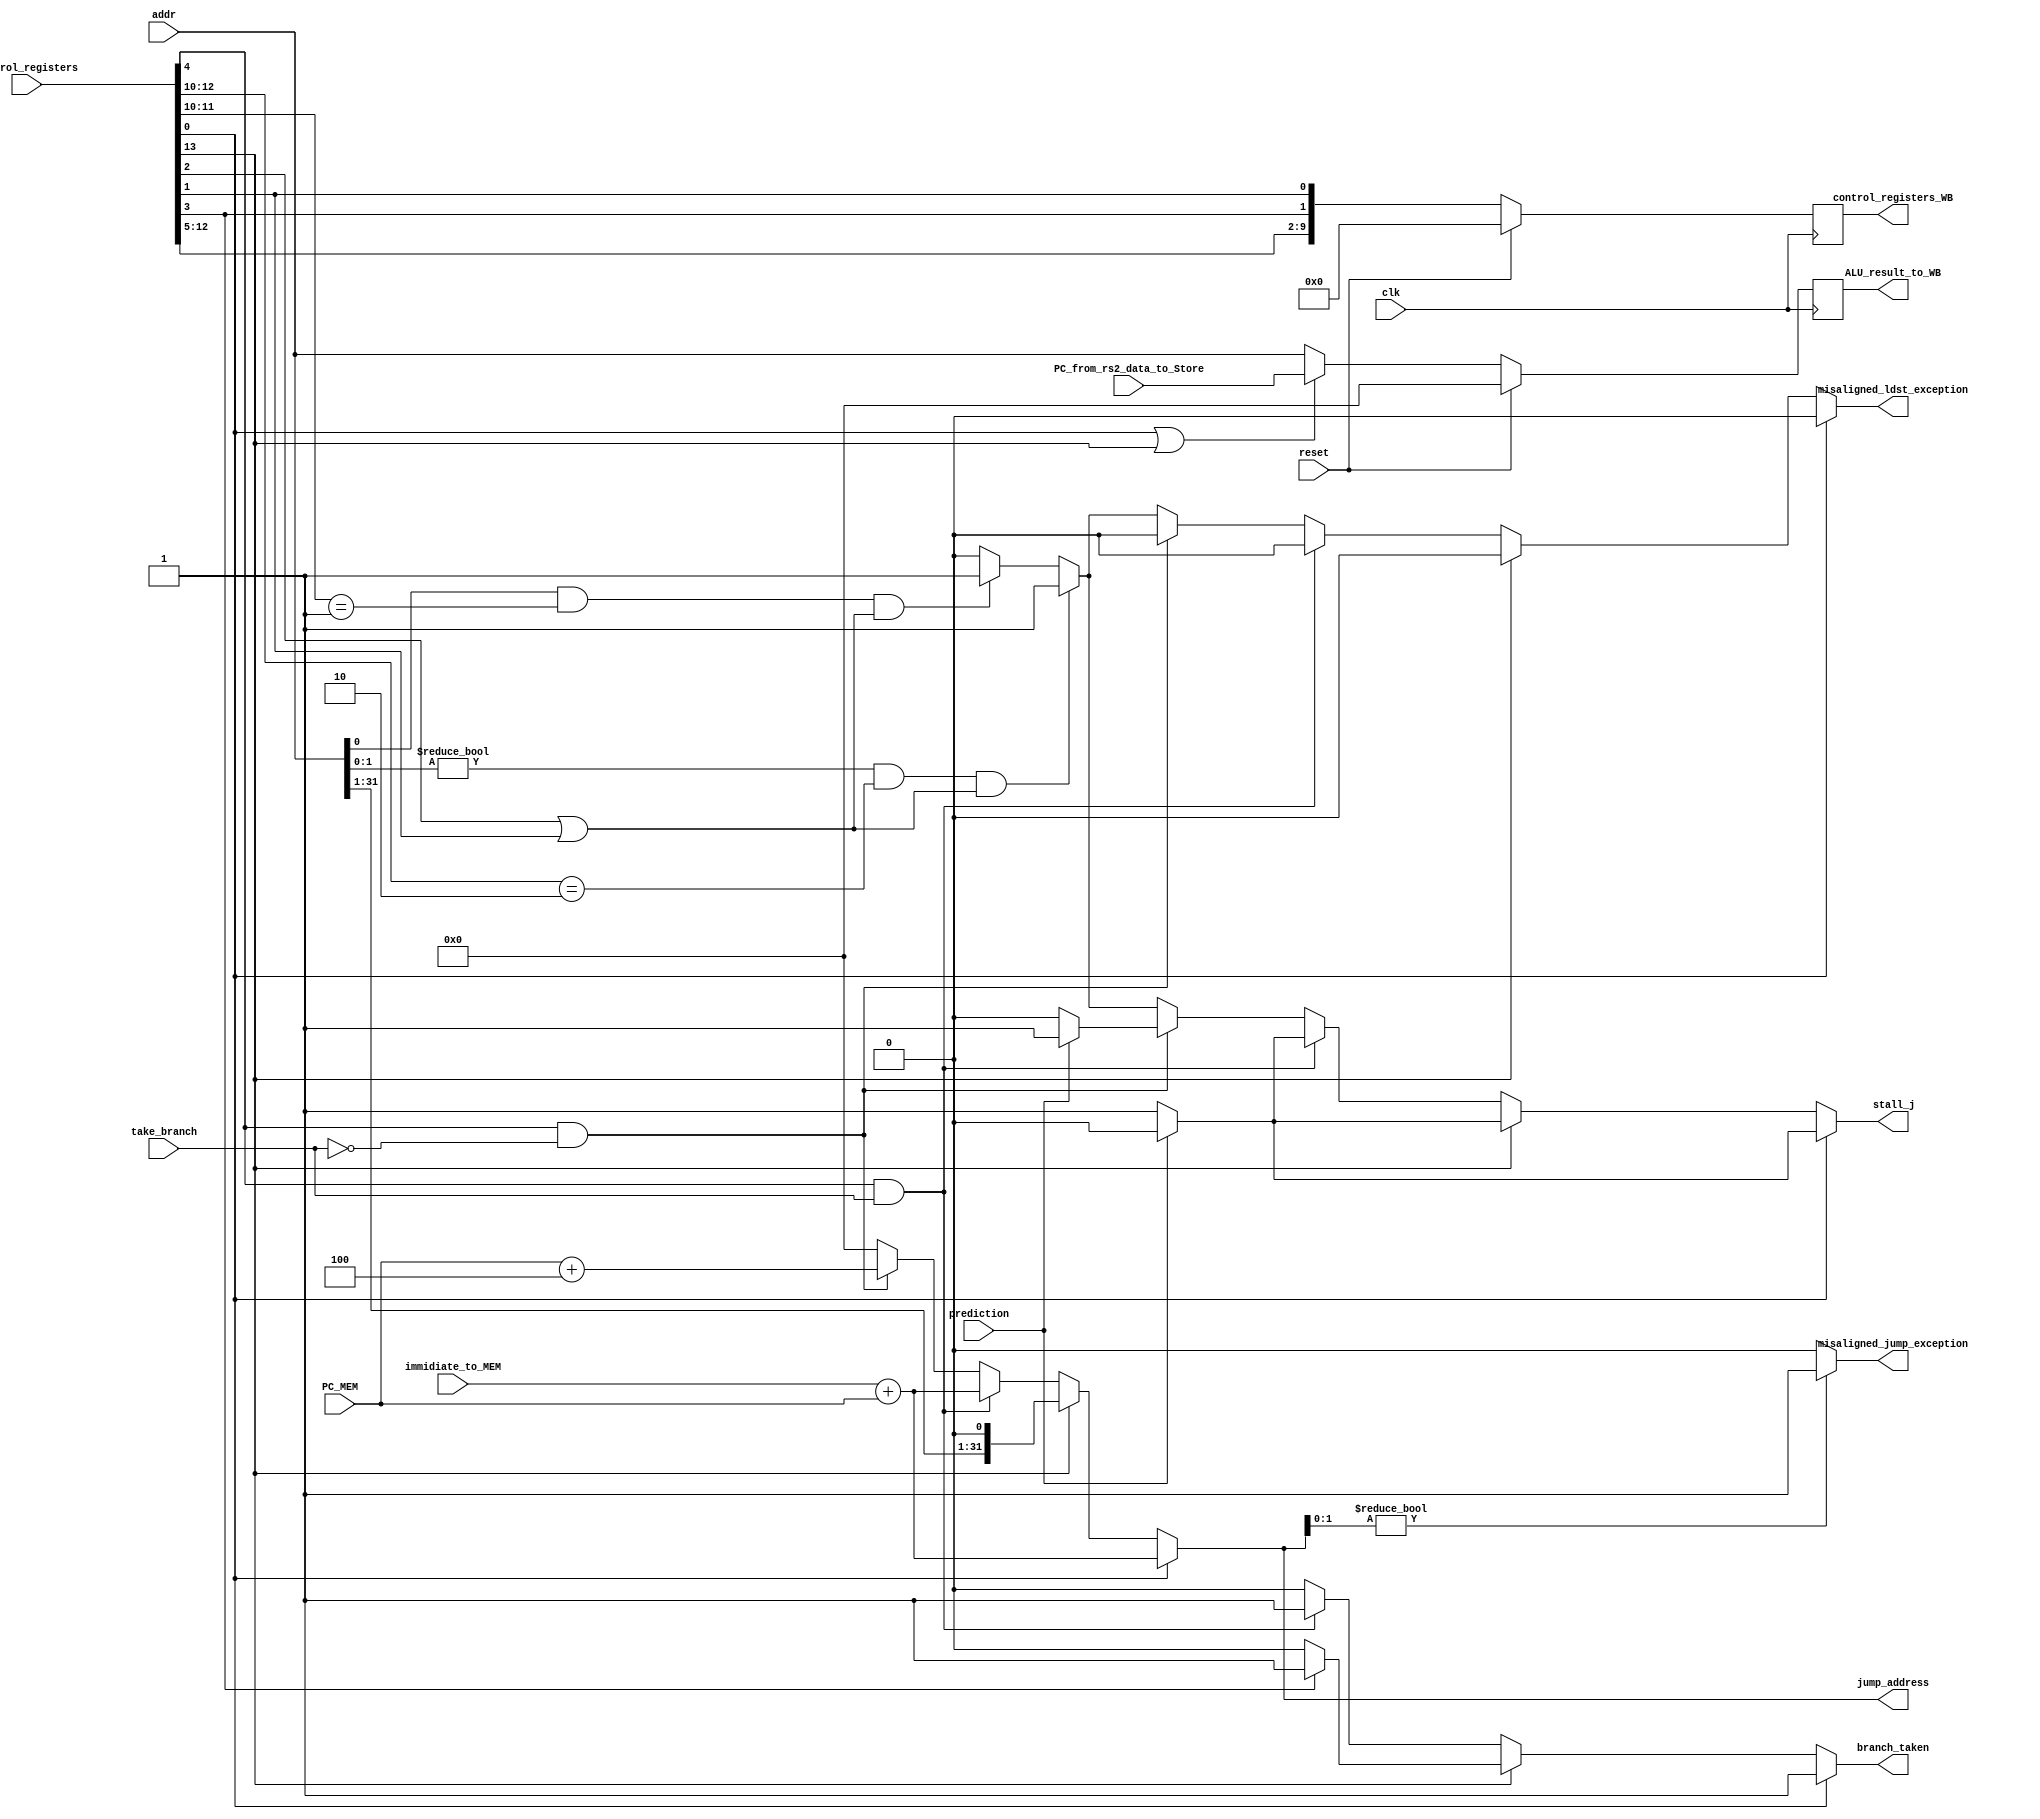
module DATA_MEM
#(parameter SIZE=32)
(
	clk,
	reset ,
	addr ,
	control_registers ,
	PC_from_rs2_data_to_Store ,
	ALU_result_to_WB ,
	control_registers_WB ,
	jump_address ,
	stall_j ,
	take_branch ,
	PC_MEM ,
	immidiate_to_MEM,
	misaligned_jump_exception,
	misaligned_ldst_exception,
	prediction,
	branch_taken
);

	input 					clk;
	input 					reset;
	input [31:0] 			addr;
	input [13:0] 		   control_registers;
	input [31:0] 			PC_from_rs2_data_to_Store;
	input 					take_branch;
	input [31:0] 			PC_MEM;
	input [31:0] 			immidiate_to_MEM;
	input 					prediction;
	
	output reg [31:0] 	ALU_result_to_WB;
	output reg [9:0]   	control_registers_WB;
	output reg [31:0] 	jump_address;
	output reg 				stall_j;
	output reg 				misaligned_jump_exception;
	output reg				misaligned_ldst_exception;
	output reg 				branch_taken;
	
wire [2:0] 	funct3 = control_registers[12:10];
wire 			MEM_write = control_registers[2];
wire 			WB_select = control_registers[1];
wire			Wr_to_Rf = control_registers[3];
	
always @(posedge clk)
begin
	if (reset  == 1) begin
		ALU_result_to_WB 		<= 31'd0;
		control_registers_WB <= 10'd0;
	 end else begin
			control_registers_WB <= {control_registers[12:5],control_registers[3],control_registers[1]};
		
		if (control_registers [0] | (control_registers [13])) begin
			ALU_result_to_WB <= PC_from_rs2_data_to_Store ;
		 end else begin
			ALU_result_to_WB <= addr ;
		 end 
	 end 	
end
//funct3 | rd | Wr_to_RF | WB_select 
//    3  |  5 |     1    |     1    


always @(*)
begin

	if (control_registers[0]) begin
			jump_address = immidiate_to_MEM  + PC_MEM ;
			misaligned_ldst_exception = 1'b0;
			stall_j = (prediction)?1'b0:1'b1;
			branch_taken = 1'b1;
	end else if (control_registers[13]) begin
			jump_address = {addr[31:1],1'b0};
			misaligned_ldst_exception = 1'b0;			
			stall_j = (prediction)?1'b0:1'b1;
			branch_taken = (Wr_to_Rf)?1'b1:1'b0;
	end else if (control_registers[4] & take_branch) begin
			jump_address = PC_MEM + immidiate_to_MEM;
			stall_j = (prediction)?1'b0:1'b1;
			misaligned_ldst_exception = 1'b0;
			branch_taken = 1'b1;
	end else if (control_registers[4] & !take_branch) begin
			jump_address = PC_MEM + 4;
			stall_j = (prediction)?1'b1:1'b0;
			misaligned_ldst_exception = 1'b0;
			branch_taken = 1'b0;
	end else if ((addr[1:0] != 2'b00) & (funct3[2:0] == 3'b010) & (MEM_write | WB_select)) begin
			misaligned_ldst_exception = 1'b1;
			stall_j = 1;
			jump_address = 0;
			branch_taken = 1'b0;
	end else if ((addr[0] == 1'b1) & (funct3[1:0] == 2'b01) & (MEM_write | WB_select)) begin
			misaligned_ldst_exception = 1'b1;
			stall_j = 1;
			jump_address = 0;
			branch_taken = 1'b0;
	end else begin
			stall_j = 0;
			misaligned_ldst_exception = 1'b0; 
			jump_address = 0;
			branch_taken = 1'b0;
	end 
	
	if (jump_address[1:0] != 2'b00)
		misaligned_jump_exception = 1'b1;
	else
		misaligned_jump_exception = 1'b0;
		
		
end

endmodule